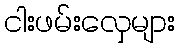
ငါးဖမ်းလှေများ